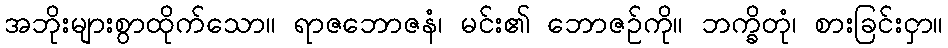
အဘိုးများစွာထိုက်သော။ ရာဇဘောဇနံ၊ မင်း၏ ဘောဇဉ်ကို။ ဘက္ခိတုံ၊ စားခြင်းငှာ။